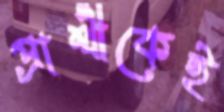
প্রার্থীকেই